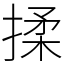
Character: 揉